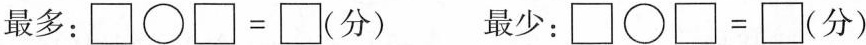
最多：$$\square \bigcirc \square=\square$$ 最少：$$\square \bigcirc \square=\square$$